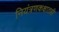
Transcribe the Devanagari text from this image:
नियंत्रणकक्षातही